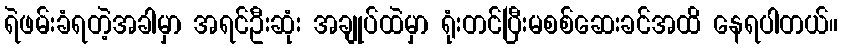
ရဲဖမ်းခံရတဲ့အခါမှာ အရင်ဦးဆုံး အချုပ်ထဲမှာ ရုံးတင်ပြီးမစစ်ဆေးခင်အထိ နေရပါတယ်။